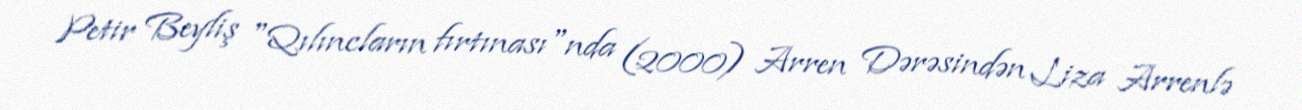
Petir Beyliş "Qılıncların fırtınası"nda (2000) Arren Dərəsindən Liza Arrenlə